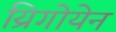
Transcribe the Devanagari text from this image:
य्रिगोयेन